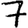
Digit: 7